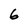
Character: 6